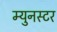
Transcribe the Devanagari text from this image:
म्युनस्टर